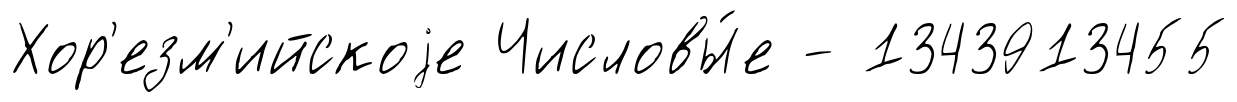
Хор'езм'ийскоjе Числовы́е - 1343913455